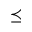
\preceq